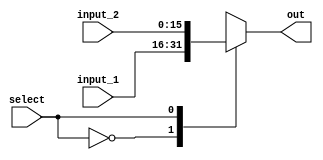
//////////////////////////////////////////////////////////////////////////////////
// Design Name : Autoencoder
// Module Name : mux_2_1
// Project Name: Autoencoder
//////////////////////////////////////////////////////////////////////////////////

module mux_2_1 (
    
   input [15:0] input_1, 
   input [15:0] input_2,
   input  select,
   output reg [15:0] out
);

 always @(*) begin
case (select)
    1'b0 : out = input_1;
    1'b1 : out = input_2;
endcase
end

endmodule